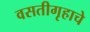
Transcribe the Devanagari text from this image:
वसतीगृहाचे